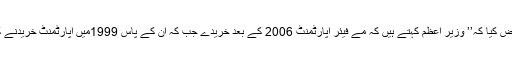
انہوں نے یہ بھی اعتراض کیا کہ’’ وزیر اعظم کہتے ہیں کہ مے فیئر اپارٹمنٹ 2006 کے بعد خریدے جب کہ ان کے پاس 1999میں اپارٹمنٹ خریدنے کے ثبوت موجود ہیں‘‘۔